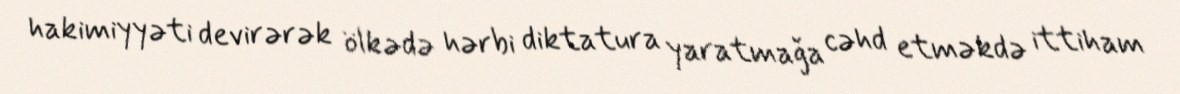
hakimiyyəti devirərək ölkədə hərbi diktatura yaratmağa cəhd etməkdə ittiham